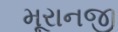
મૂરાનજી